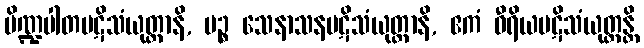
ပိဏ္ဍပါတပဋိသံယုတ္တာနိ, ပဉ္စ သေနာသနပဋိသံယုတ္တာနိ, ဧကံ ဝီရိယပဋိသံယုတ္တန္တိ